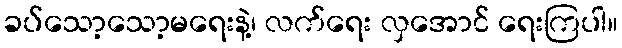
ခပ်သော့သော့မရေးနဲ့၊ လက်ရေး လှအောင် ရေးကြပါ။